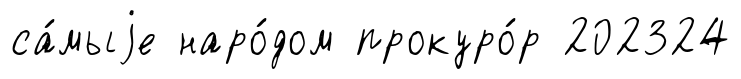
са́мыjе наро́дом прокуро́р 202324